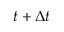
t + \Delta t